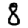
Digit: 8